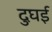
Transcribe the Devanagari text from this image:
दुघई